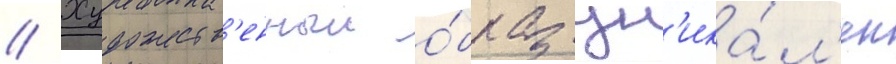
// Художеств'енныи о́браз ун'ика́л'ен